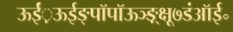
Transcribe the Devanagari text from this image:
ऊईं़ऊईङ्पॉपॉऊञ्ङ़़्क्षू७डंऑई॰